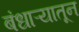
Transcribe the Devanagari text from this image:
बंधाऱ्यातून